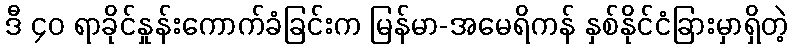
ဒီ ၄၀ ရာခိုင်နှုန်းကောက်ခံခြင်းက မြန်မာ-အမေရိကန် နှစ်နိုင်ငံခြားမှာရှိတဲ့